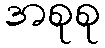
အစုစု